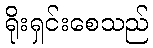
ရိုးရှင်းစေသည်